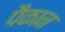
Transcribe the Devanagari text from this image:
पैकान